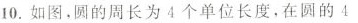
10.如图，圆的周长为4个单位长度，在圆的4